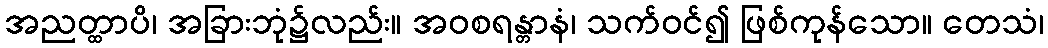
အညတ္ထာပိ၊ အခြားဘုံ၌လည်း။ အဝစရန္တာနံ၊ သက်ဝင်၍ ဖြစ်ကုန်သော။ တေသံ၊